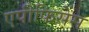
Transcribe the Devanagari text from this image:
एपीफिसेस